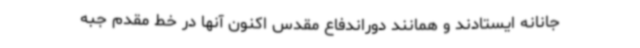
جانانه ایستادند و همانند دوراندفاع مقدس اکنون آنها در خط مقدم جبه